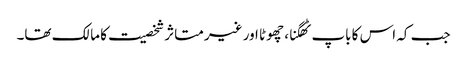
جب کہ اس کا باپ ٹھگنا، چھوٹا اور غیر متاثر شخصیت کا مالک تھا۔